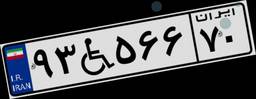
۹۳W۵۶۶۷۰